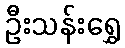
ဦးသန်းရွှေ